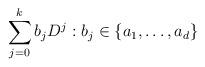
LaTeX: \begin{align*} \sum_{j=0}^k b_jD^j : b_j \in \{a_1, \ldots, a_d\}\end{align*}